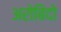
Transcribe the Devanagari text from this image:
अरोबिंदो